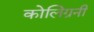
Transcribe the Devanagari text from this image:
कोलिग्रनी